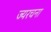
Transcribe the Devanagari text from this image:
ज्यरचना